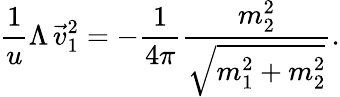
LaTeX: \frac{1}{u}\Lambda\, \vec{v}_{1}^{2}=-\frac{1}{4\pi}\frac{m_{2}^{2}}{\sqrt{m_{1}^{2}+m_{2}^{2}}}.